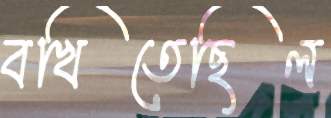
বখিতেছিল